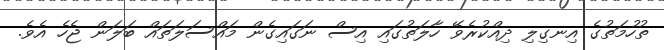
ތުހުމަތުގެ އިނގިލި ދިއްކުރެވޭ ހާލަތުގައި އިސް ނަގައިގެން މައްސަލަތައް ބަލަން ޖެހެ އެވެ.